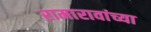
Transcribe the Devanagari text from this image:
रामारावांच्या